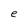
Character: e